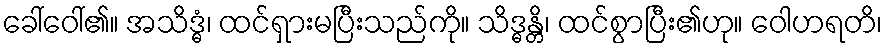
ခေါ်ဝေါ်၏။ အသိဒ္ဓံ၊ ထင်ရှားမပြီးသည်ကို။ သိဒ္ဓန္တိ၊ ထင်စွာပြီး၏ဟု။ ဝေါဟရတိ၊